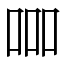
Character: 𠱠